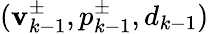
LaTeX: (\mathbf{v}_{k-1}^{\pm},p_{k-1}^{\pm},d_{k-1})